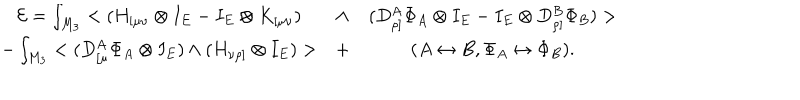
LaTeX: \begin{array} { c c c } { { { \cal E } = \int _ { M _ { 3 } } < ( H _ { [ \mu \nu } \otimes I _ { E } - I _ { E } \otimes K _ { [ \mu \nu } ) } } & { { \wedge } } & { { ( D _ { \rho ] } ^ { A } \Phi _ { A } \otimes I _ { E } - I _ { E } \otimes D _ { \rho ] } ^ { B } \Phi _ { B } ) > } } \\ { { - \int _ { M _ { 3 } } < ( D _ { [ \mu } ^ { A } \Phi _ { A } \otimes I _ { E } ) \wedge ( H _ { \nu \rho ] } \otimes I _ { E } ) > } } & { { + } } & { { ( A \leftrightarrow B , \Phi _ { A } \leftrightarrow \Phi _ { B } ) . } } \\ \end{array}